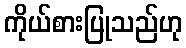
ကိုယ်စားပြုသည်ဟု